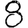
Digit: 8